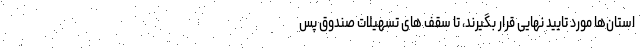
استان­ها مورد تایید نهایی قرار بگیرند، تا سقف های تسهیلات صندوق پس